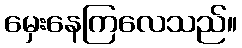
မှေးနေကြလေသည်။